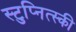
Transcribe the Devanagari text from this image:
स्टुप्नित्स्की